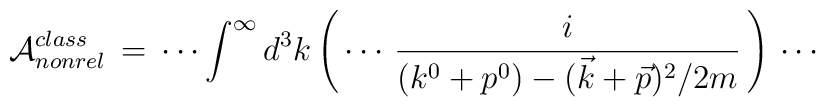
{\cal{A}}^{class}_{nonrel}\,=\,\cdots\int^\infty d^3 k\left(\,\cdots\,\frac{i}{(k^0+p^0)-(\vec{k}+\vec{p})^2/2m }\, \right)\,\cdots